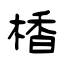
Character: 楿